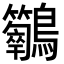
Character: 𪈣